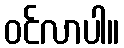
ဝင်လာပါ။